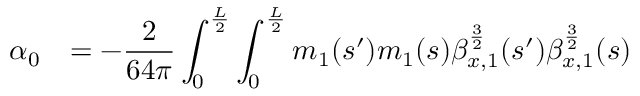
\begin{array} { c l } { \displaystyle \alpha _ { 0 } } & { \displaystyle = - \displaystyle \frac { 2 } { 6 4 \pi } \int _ { 0 } ^ { \frac { L } { 2 } } { \int _ { 0 } ^ { \frac { L } { 2 } } { m _ { 1 } ( s ^ { \prime } ) m _ { 1 } ( s ) \beta _ { x , 1 } ^ { \frac { 3 } { 2 } } ( s ^ { \prime } ) \beta _ { x , 1 } ^ { \frac { 3 } { 2 } } ( s ) } } } \end{array}